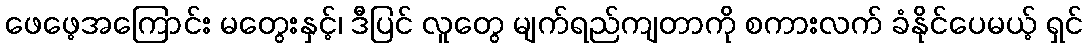
ဖေဖေ့အကြောင်း မတွေးနှင့်၊ ဒီပြင် လူတွေ မျက်ရည်ကျတာကို စကားလက် ခံနိုင်ပေမယ့် ရှင်